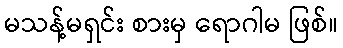
မသန့်မရှင်း စားမှ ရောဂါမ ဖြစ်။